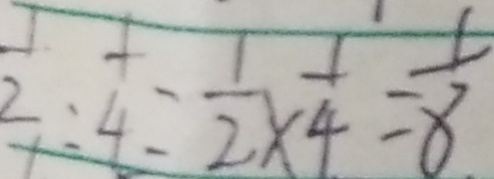
\frac { 1 } { 2 } : \frac { 1 } { 4 } = \frac { 1 } { 2 } \times \frac { 1 } { 4 } = \frac { 1 } { 8 }